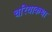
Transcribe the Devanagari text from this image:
चरियाकथा